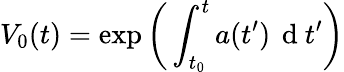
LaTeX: V_{0}(t)=\exp\bigg(\displaystyle\int_{t_{0}}^{t}a(t^{\prime})\, \mathrm{~d~}t^{\prime}\bigg)